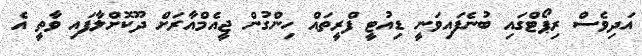
އަދިވެސް ރިޕޯޓްގައި ބުނެފައިވަނީ ޑިއުޓީ ފްރީތައް ހިންގުން ޖީއެމްއާރަށް ދޫކޮށްލާފައި ވާތީ އެ